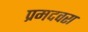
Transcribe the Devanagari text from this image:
प्रमदवरा